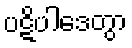
ပဋိပါဒေတွာ